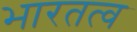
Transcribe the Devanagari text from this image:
भारतत्व